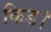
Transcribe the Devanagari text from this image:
किड।